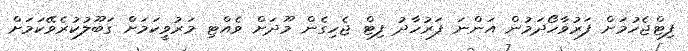
ފިޓްޖެހުމަށް ފަރުވާހޯދަމުން އަންނަ ފަރުހާދު ފިޓް ޖެހިގެން މޫދަށް ވެއްޓި މަރުވީކަމަށް ގަބޫލުކުރެވޭކަމަށް